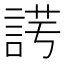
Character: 𧨄